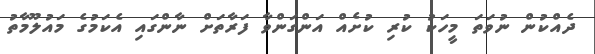
ދެއްކުން ނުވަތަ މީހަކު ކުރި ކުށެއް އަންގަންވާ ފަރާތަށް ނާންގައި އެކަމުގެ މައުލޫމާތު